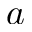
a